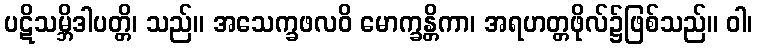
ပဋိသမ္ဘိဒါပတ္တိ၊ သည်။ အသေက္ခဖလဝိ မောက္ခန္တိကာ၊ အရဟတ္တဖိုလ်၌ဖြစ်သည်။ ဝါ၊